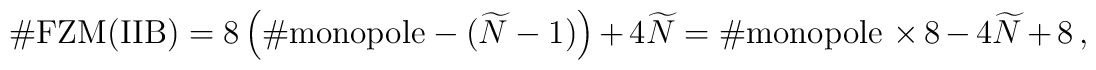
\# {\rm FZM(IIB)}=8\left(\# {\rm monopole}-(\widetilde{N}-1)\right) +4 \widetilde{N} =\# {\rm monopole}\,\times 8 -4\widetilde{N} +8\,,